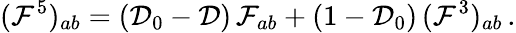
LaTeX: ({\cal F}^{5})_{ab}=({\cal D}_{0}-{\cal D})\, {\cal F}_{ab}+(1-{\cal D}_{0})\, ({\cal F}^{3})_{ab}\, .